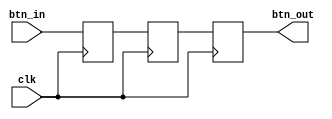
`timescale 1ns / 1ps

module btn_debounce(
    input clk,
    input btn_in,
    output btn_out
    );
    
    reg a, b, c;
    
    always @(posedge clk) begin
        a <= btn_in;
        b <= a;
        c <= b;
    end
    
    assign btn_out = c;
    
endmodule